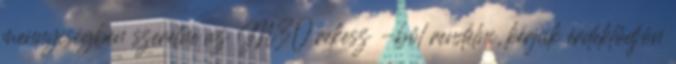
mennyiségben szeretne az M30 rekesz -ből rendelni, kérjük érdeklődjön